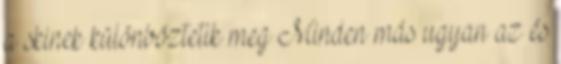
a skinek különböztetik meg Minden más ugyan az és